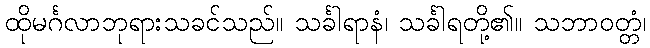
ထိုမင်္ဂလာဘုရားသခင်သည်။ သင်္ခါရာနံ၊ သင်္ခါရတို့၏။ သဘာဝတ္တံ၊